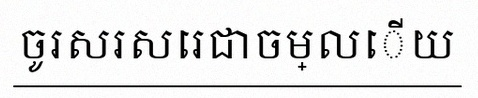
ចូរសរសេរជាចម្លើយ